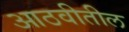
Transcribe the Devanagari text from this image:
आठवीतील